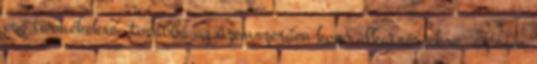
eső termékekre, továbbá az üzemszerűen kopó alkatrészekre, az ezen